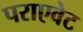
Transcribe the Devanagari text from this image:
पराएवेट